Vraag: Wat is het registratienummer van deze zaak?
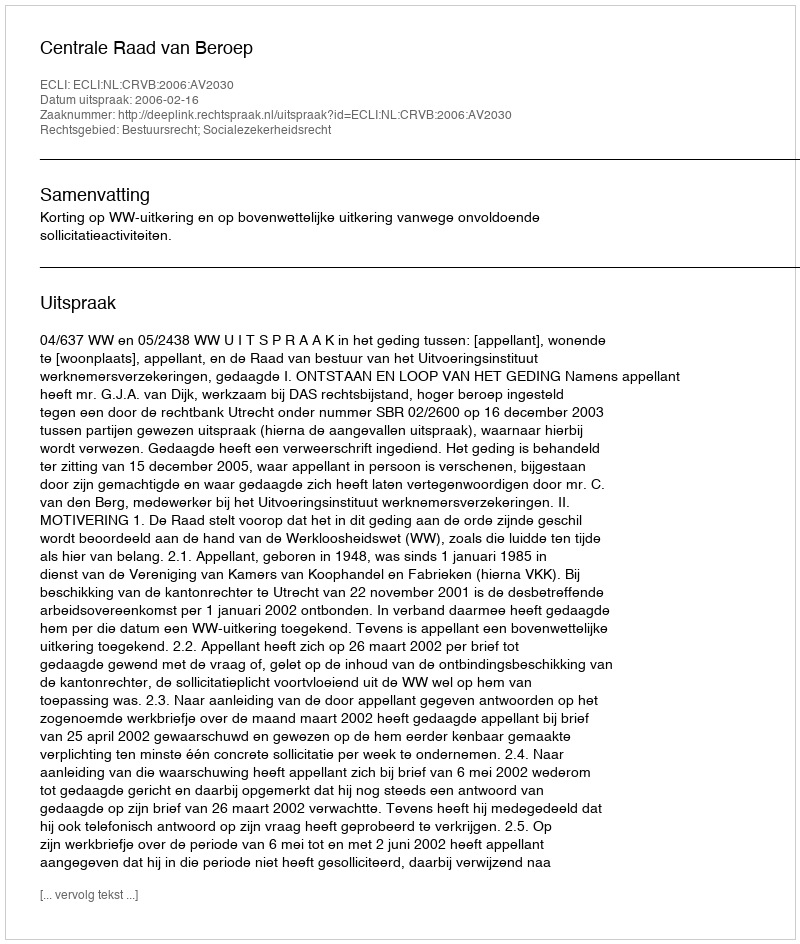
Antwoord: http://deeplink.rechtspraak.nl/uitspraak?id=ECLI:NL:CRVB:2006:AV2030